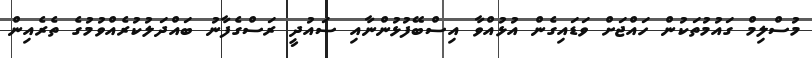
މުސްލިމް ގައުމުތަކުން ހައްޖަށް ވަޑައިގެން އުޅުއްވާ އިސްބޭފުޅުންނާއި ސައުދީ ރަސްގެފާނު ބައްދަލުކުރެއްވުމުގެ ތެރެއިން